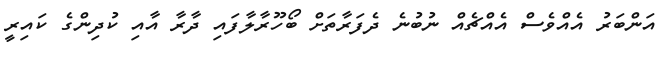
އަންބަރު އެއްވެސް އެއްޗެއް ނުބުނެ ދެފަރާތަށް ބޯހޫރާލާފައި ދާރާ އާއި ކުދިންގެ ކައިރީ